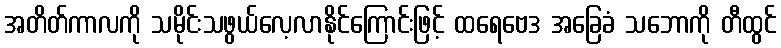
အတိတ်ကာလကို သမိုင်းသဖွယ်လေ့လာနိုင်ကြောင်းဖြင့် ထရေဗေဒ အခြေခံ သဘောကို တီထွင်